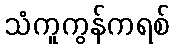
သံကူကွန်ကရစ်